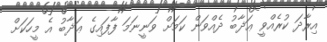
އިރާދަ ކުރެއްވީ ޢަޛާބު ދެއްވަން ކަމަށް ވަނީނަމަ ފާފައިގެ ޢަޛާބު އެ މީހަކަށް